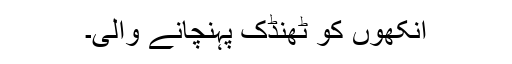
آنکھوں کو ٹھنڈک پہنچانے والی۔